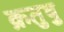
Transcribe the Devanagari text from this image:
क्रतुषु